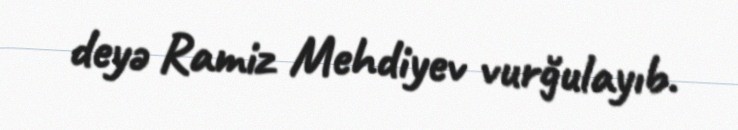
deyə Ramiz Mehdiyev vurğulayıb.